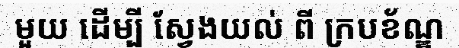
មួយ ដើម្បី ស្វែងយល់ ពី ក្របខ័ណ្ឌ